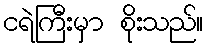
ငရဲကြီးမှာ စိုးသည်။